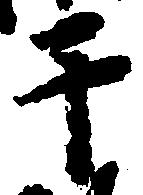
于